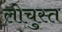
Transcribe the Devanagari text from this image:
लोचुस्त